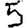
Digit: 5